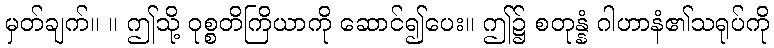
မှတ်ချက်။ ။ ဤသို့ ဝုစ္စတိကြိယာကို ဆောင်၍ပေး။ ဤ၌ စတုန္နံ ဂါဟာနံ၏သရုပ်ကို